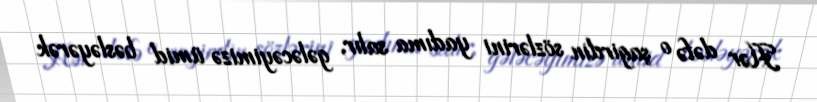
Hər dəfə o şagirdin sözlərini yadıma salır, gələcəyimizə ümid bəsləyərək